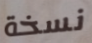
نسخة